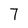
Character: 7